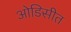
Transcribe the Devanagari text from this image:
ओडिसीत